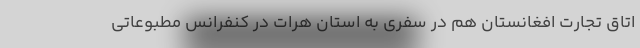
اتاق تجارت افغانستان هم در سفری به استان هرات در کنفرانس مطبوعاتی